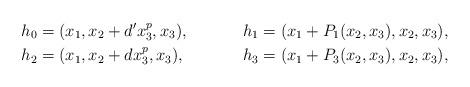
LaTeX: \begin{align*}h_0 &= (x_1, x_2 + d' x_3^p, x_3),&h_1 &= (x_1 + P_1(x_2, x_3), x_2, x_3), \\h_2 &= (x_1, x_2 + d x_3^p, x_3), &h_3 &= (x_1 + P_3(x_2, x_3), x_2, x_3),\end{align*}